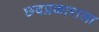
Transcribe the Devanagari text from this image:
छदप्रकाराला